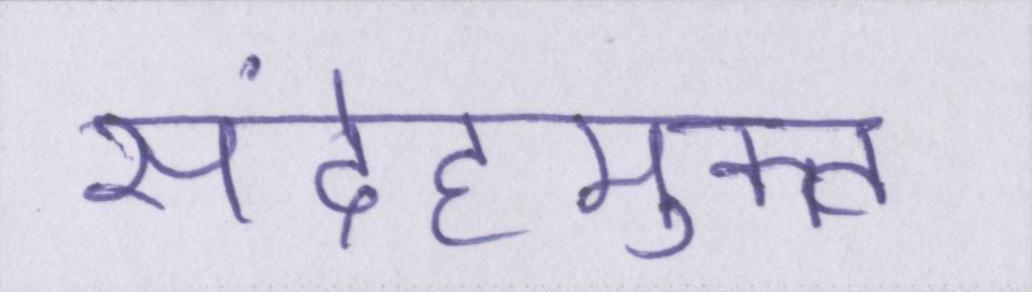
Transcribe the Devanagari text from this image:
संदेहमुक्त